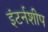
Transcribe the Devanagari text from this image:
इंटर्नशीप